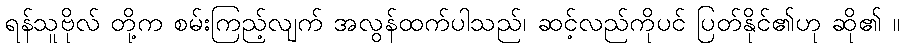
ရန်သူဗိုလ် တို့က စမ်းကြည့်လျက် အလွန်ထက်ပါသည်၊ ဆင့်လည်ကိုပင် ပြတ်နိုင်၏ဟု ဆို၏ ။